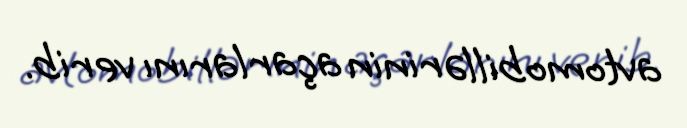
avtomobillərinin açarlarını verib.